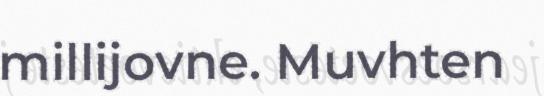
millijovne. Muvhten